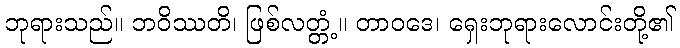
ဘုရားသည်။ ဘဝိဿတိ၊ ဖြစ်လတ္တံ့။ တာဝဒေ၊ ရှေးဘုရားလောင်းတို့၏